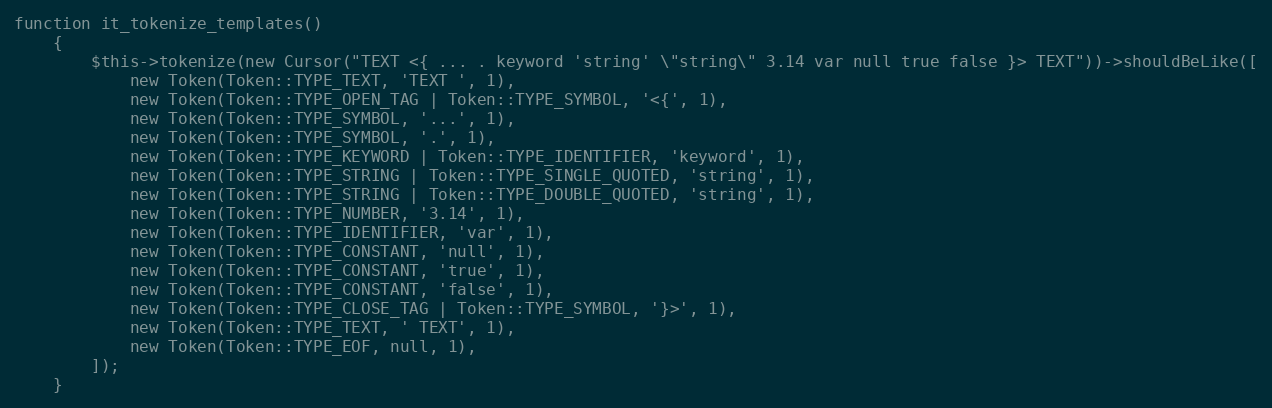
Language: PHP
function it_tokenize_templates()
    {
        $this->tokenize(new Cursor("TEXT <{ ... . keyword 'string' \"string\" 3.14 var null true false }> TEXT"))->shouldBeLike([
            new Token(Token::TYPE_TEXT, 'TEXT ', 1),
            new Token(Token::TYPE_OPEN_TAG | Token::TYPE_SYMBOL, '<{', 1),
            new Token(Token::TYPE_SYMBOL, '...', 1),
            new Token(Token::TYPE_SYMBOL, '.', 1),
            new Token(Token::TYPE_KEYWORD | Token::TYPE_IDENTIFIER, 'keyword', 1),
            new Token(Token::TYPE_STRING | Token::TYPE_SINGLE_QUOTED, 'string', 1),
            new Token(Token::TYPE_STRING | Token::TYPE_DOUBLE_QUOTED, 'string', 1),
            new Token(Token::TYPE_NUMBER, '3.14', 1),
            new Token(Token::TYPE_IDENTIFIER, 'var', 1),
            new Token(Token::TYPE_CONSTANT, 'null', 1),
            new Token(Token::TYPE_CONSTANT, 'true', 1),
            new Token(Token::TYPE_CONSTANT, 'false', 1),
            new Token(Token::TYPE_CLOSE_TAG | Token::TYPE_SYMBOL, '}>', 1),
            new Token(Token::TYPE_TEXT, ' TEXT', 1),
            new Token(Token::TYPE_EOF, null, 1),
        ]);
    }